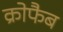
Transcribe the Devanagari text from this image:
क्रोफैब